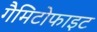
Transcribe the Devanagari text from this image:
गैमिटोफाइट